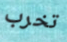
تخرب